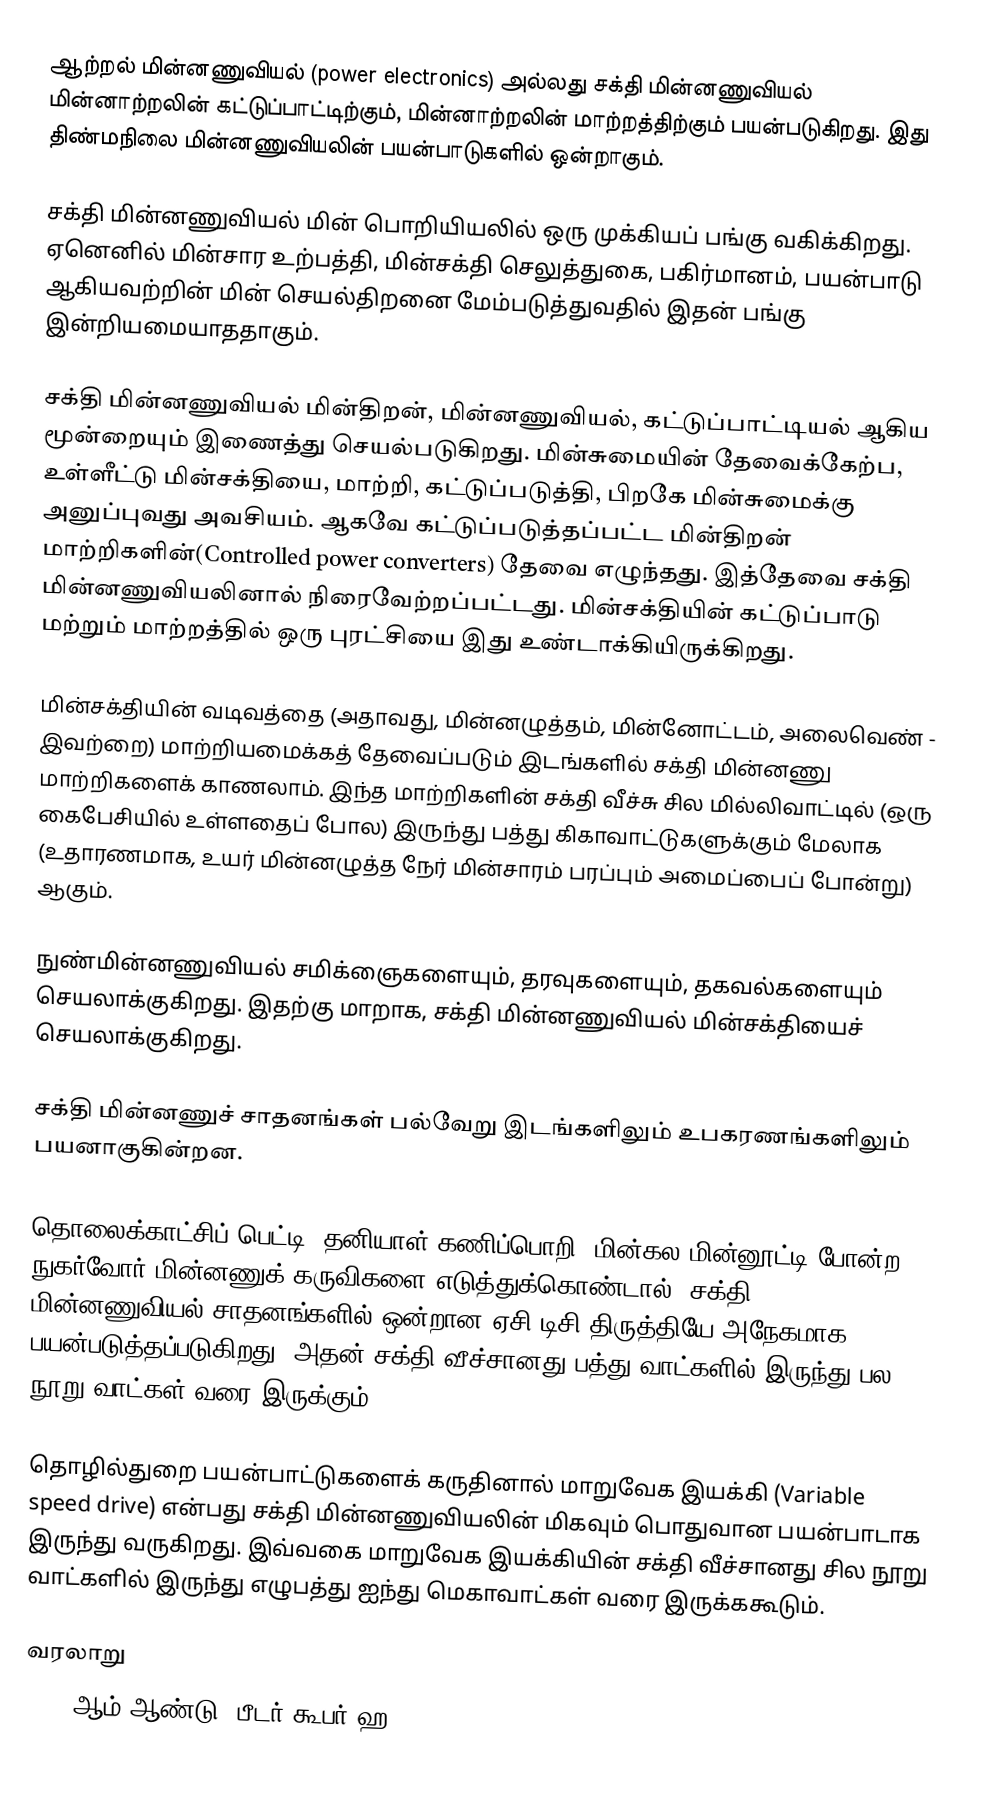
ஆற்றல் மின்னணுவியல் (power electronics) அல்லது சக்தி மின்னணுவியல் மின்னாற்றலின் கட்டுப்பாட்டிற்கும், மின்னாற்றலின் மாற்றத்திற்கும் பயன்படுகிறது. இது திண்மநிலை மின்னணுவியலின் பயன்பாடுகளில் ஒன்றாகும்.

சக்தி மின்னணுவியல் மின் பொறியியலில் ஒரு முக்கியப் பங்கு வகிக்கிறது. ஏனெனில் மின்சார உற்பத்தி, மின்சக்தி செலுத்துகை, பகிர்மானம், பயன்பாடு  ஆகியவற்றின் மின் செயல்திறனை மேம்படுத்துவதில் இதன் பங்கு இன்றியமையாததாகும்.

சக்தி மின்னணுவியல் மின்திறன், மின்னணுவியல், கட்டுப்பாட்டியல் ஆகிய மூன்றையும் இணைத்து செயல்படுகிறது. மின்சுமையின் தேவைக்கேற்ப, உள்ளீட்டு மின்சக்தியை, மாற்றி, கட்டுப்படுத்தி, பிறகே மின்சுமைக்கு அனுப்புவது அவசியம். ஆகவே கட்டுப்படுத்தப்பட்ட மின்திறன் மாற்றிகளின்(Controlled power converters) தேவை எழுந்தது. இத்தேவை சக்தி மின்னணுவியலினால் நிரைவேற்றப்பட்டது. மின்சக்தியின் கட்டுப்பாடு மற்றும் மாற்றத்தில் ஒரு புரட்சியை இது உண்டாக்கியிருக்கிறது.

மின்சக்தியின் வடிவத்தை (அதாவது, மின்னழுத்தம், மின்னோட்டம், அலைவெண் - இவற்றை) மாற்றியமைக்கத் தேவைப்படும் இடங்களில் சக்தி மின்னணு மாற்றிகளைக் காணலாம். இந்த மாற்றிகளின் சக்தி வீச்சு சில மில்லிவாட்டில் (ஒரு கைபேசியில் உள்ளதைப் போல) இருந்து பத்து கிகாவாட்டுகளுக்கும்  மேலாக (உதாரணமாக, உயர் மின்னழுத்த நேர் மின்சாரம் பரப்பும் அமைப்பைப் போன்று) ஆகும்.

நுண்மின்னணுவியல் சமிக்ஞைகளையும், தரவுகளையும், தகவல்களையும் செயலாக்குகிறது. இதற்கு மாறாக, சக்தி மின்னணுவியல் மின்சக்தியைச் செயலாக்குகிறது.

சக்தி மின்னணுச் சாதனங்கள் பல்வேறு இடங்களிலும் உபகரணங்களிலும் பயனாகுகின்றன.

தொலைக்காட்சிப் பெட்டி, தனியாள் கணிப்பொறி, மின்கல மின்னூட்டி போன்ற நுகர்வோர் மின்னணுக் கருவிகளை எடுத்துக்கொண்டால், சக்தி மின்னணுவியல் சாதனங்களில் ஒன்றான ஏசி/டிசி திருத்தியே அநேகமாக பயன்படுத்தப்படுகிறது. அதன் சக்தி வீச்சானது பத்து வாட்களில் இருந்து பல நூறு வாட்கள் வரை இருக்கும்.

தொழில்துறை பயன்பாட்டுகளைக் கருதினால் மாறுவேக இயக்கி (Variable speed drive) என்பது சக்தி மின்னணுவியலின் மிகவும் பொதுவான பயன்பாடாக இருந்து வருகிறது. இவ்வகை மாறுவேக இயக்கியின் சக்தி வீச்சானது சில நூறு வாட்களில் இருந்து எழுபத்து ஐந்து மெகாவாட்கள் வரை இருக்ககூடும்.

வரலாறு
1902-ஆம் ஆண்டு, பீடர் கூபர் ஹ